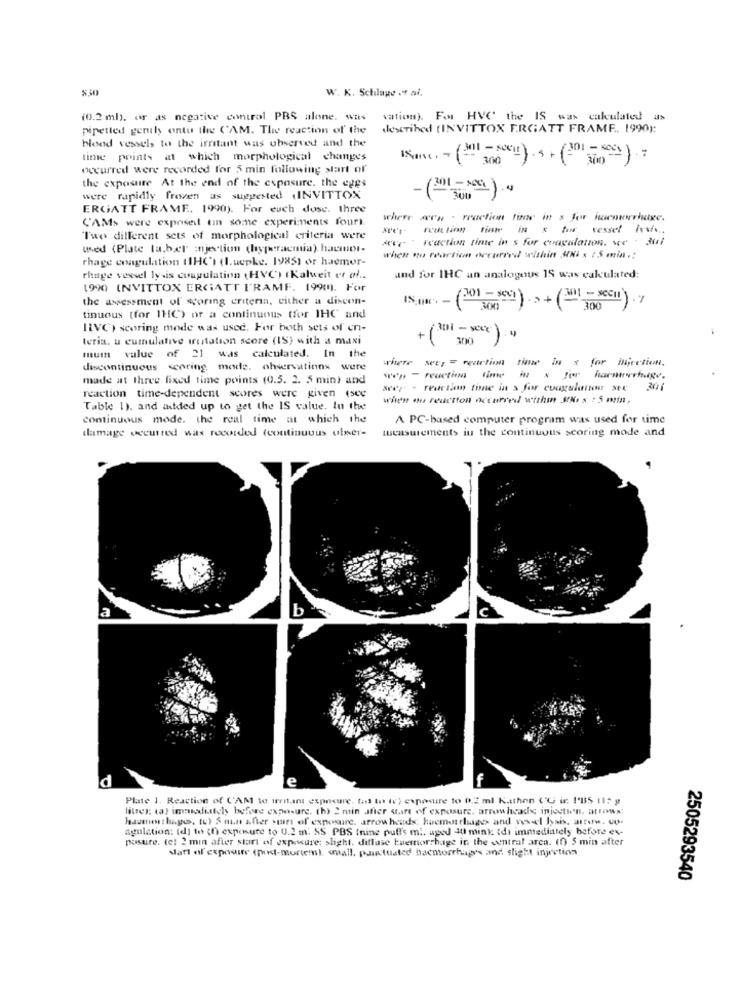
W. K. Schlage .4 al.
(0.2 ml), or as negative control PBS alone. was
vation). For HVC the IS was calculated as
pipetted gently ontu the CAM. The reaction of the
described (INVITTOX ERGATT FRAME. 1990):
blood vessels to the irritant was observed and the
lime points at which morphological changes
(301 = secs ) .:
occurred were recorded for 5 min following start of
the exposure At the end of the exposure. the eggs
-1
(301-100).4
were rapidly frozen as suggested INVITTOX
ERGATT FRAME. 1990). For euch dose. three
C'AMs were exposed tin some experiments fouri.
where
Æn · reaction fine in x for hemorrhage.
rut linn time IN & for vessel Irvi ...
Two different sets of morphological criteria were
Are reaction time in s for coagulation, ve . 301
used (Plate la.ber injection (hyperacmia). hacmnot-
rhage coagulation (IHC') (l.uepke. 1985) or haemor-
when to reaction occurred within Shi x 2 5 min .:
rhage vessel lysis coagulation (HVC) (Kalweit et ol ..
and for IHC an analogous 1S was calculated:
1990 INVITTOX ERGATT FRAME. 199m). For
the assessment of scoring criteria, either a discon-
tinuous (for IHC) or a continuous (for IHC and
IQVC) scoring mode was used. For both sets of en-
teria. u cumulative irritation score (IS) with a maxi
+ (301 - xxx) .»
300
mum value of 21 was calculated. In the
where seey = reaction time in x for injection.
discontinuous scoring mode, observations were
made at three fixed time points (0.5. 2. 5 min) and
sep - reactions fim
iN & for
step - reaction tone in s for coagulainme Met 301
reaction time-dependent scores were given (see
when mu reaction nccurved withm MNs x : 5 min,
Table 1). and added up to get the IS value. lu the
continuous mode. the real time at which the
A PC-based computer program was used for time
damage secured was recorded (continuous ulner-
lucasurements in the continuous scoring mode and
a
b
d
Plate 1. Reaction of CAM te irritant exposure, (as to (v) exposure to 0.2 ml Kathon (℃ ir. I'B5 (15 g
litres: ta) immediately before exposure, th) 2 min after want of exposure, arrowheads injectwn. attwww;
lasenen : hugs. tut & min after start of exposure. arrowheads: haemat chages and vessel lysis, arrow. co.
agulation: (d] to (h) exposure to U.2 m. SS PBS (nine puff's mi, aged du mink Idi immediately before ex-
posure. (el 2 min after start of exposure: slight. diffuse buemorrhage in the central arca. (f) 5 min after
Matt of exposure (post-mortem), wall, punctuated hacmorrhage's and slight injection
2505293540